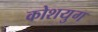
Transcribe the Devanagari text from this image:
कोशयुग